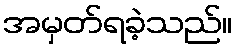
အမှတ်ရခဲ့သည်။